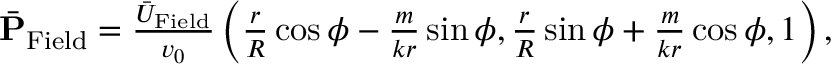
\begin{array} { r } { \bar { \bf P } _ { \mathrm { F i e l d } } = \frac { \bar { U } _ { \mathrm { F i e l d } } } { v _ { 0 } } \left( \frac { r } { R } \cos \phi - \frac { m } { k r } \sin \phi , \frac { r } { R } \sin \phi + \frac { m } { k r } \cos \phi , 1 \right) , } \end{array}